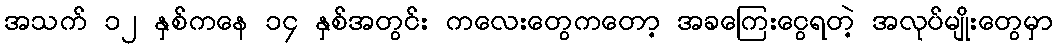
အသက် ၁၂ နှစ်ကနေ ၁၄ နှစ်အတွင်း ကလေးတွေကတော့ အခကြေးငွေရတဲ့ အလုပ်မျိုးတွေမှာ